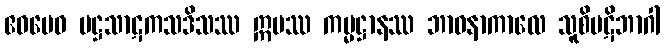
ဧဝမေဝ မဋ္ဌသာဋကသဒိသဿ ဣမဿ ကမ္မဋ္ဌာနဿ ဘာဝနာကာလေ သူစိပဋိဘာဂါ